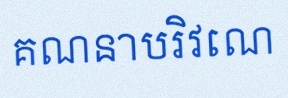
គណនាបរិវេណ